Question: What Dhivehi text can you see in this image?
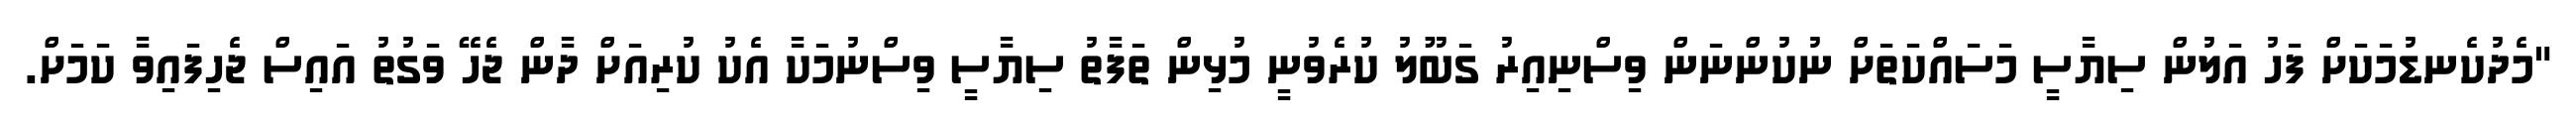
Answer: "މެދުކެނޑުމަކަށް ފަހު އަލުން ސިޔާސީ މަސައްކަތަށް ނުކުންނަން ވިސްނިއިރު ގަބޫލު ކުރެވުނީ މުޅިން ތަފާތު ސިޔާސީ ވިސްނުމަކާ އެކު ކުރިއަށް ދާން ޖެހޭ ވަގުތު އައިސް ޖެހިފައިވާ ކަމަށް.